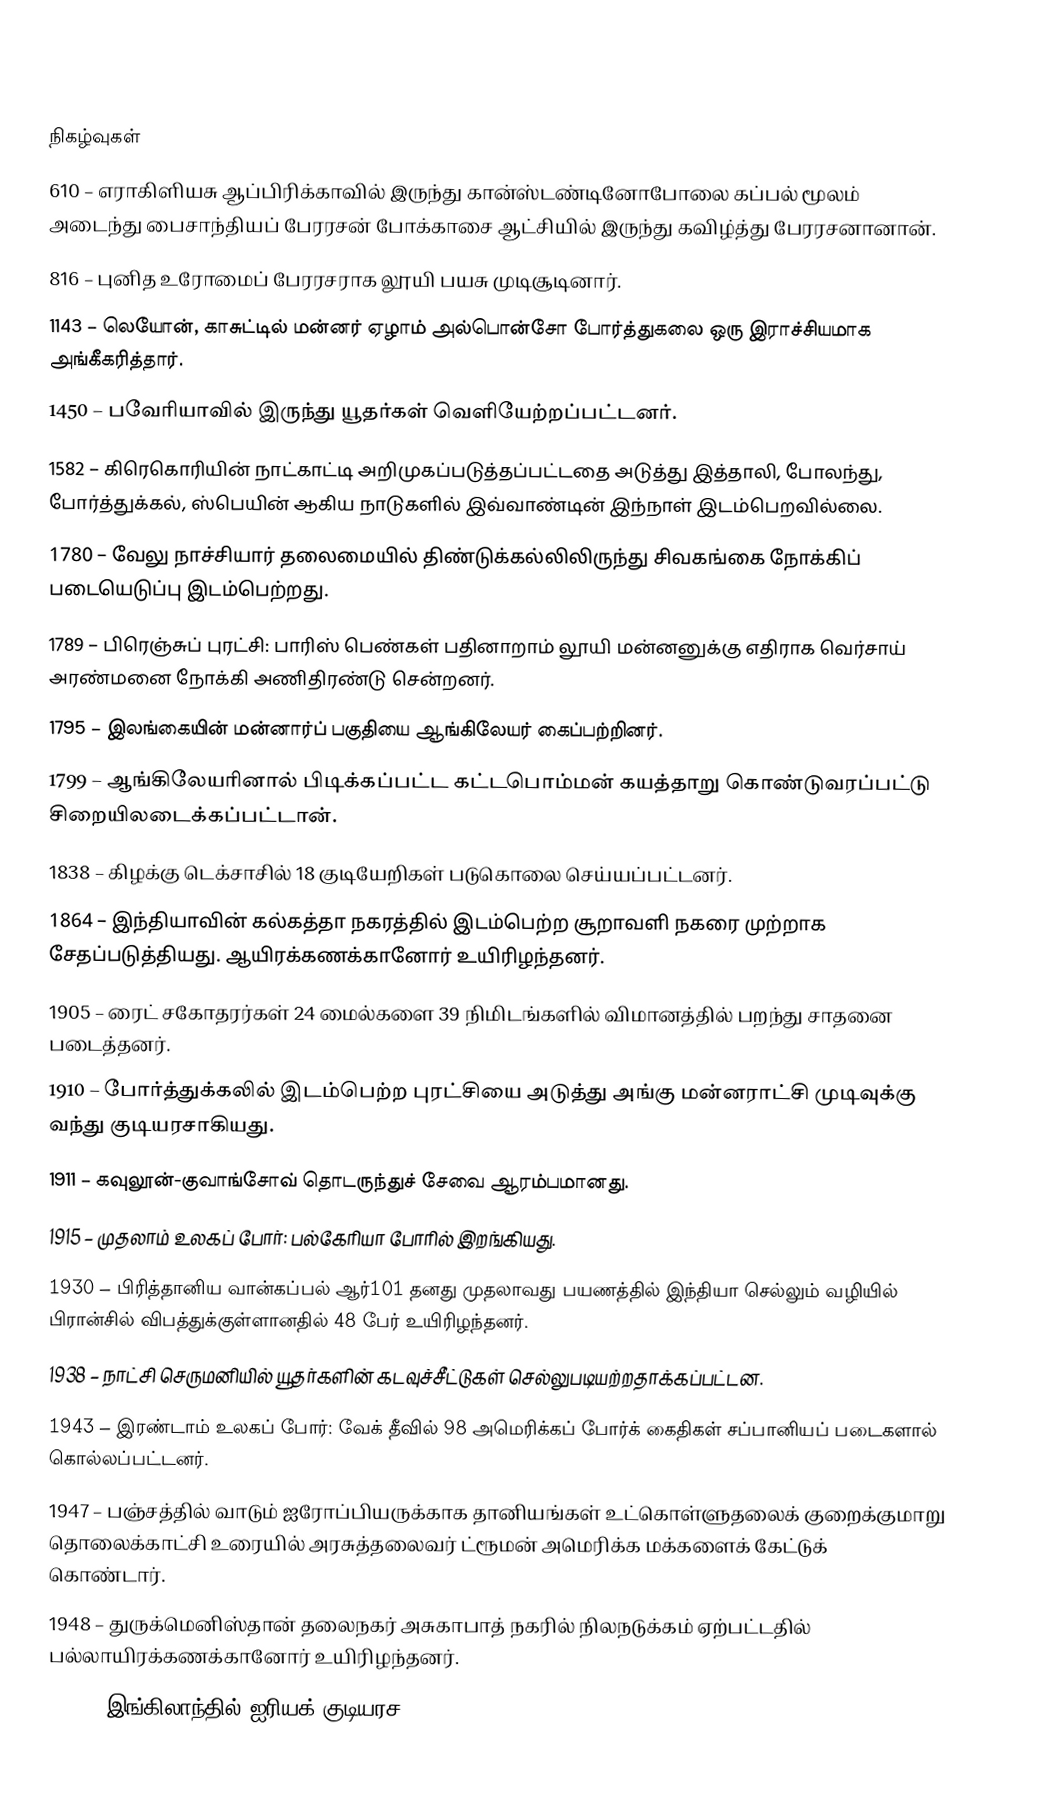

நிகழ்வுகள்
610 – எராகிளியசு ஆப்பிரிக்காவில் இருந்து கான்ஸ்டண்டினோபோலை கப்பல் மூலம் அடைந்து பைசாந்தியப் பேரரசன் போக்காசை ஆட்சியில் இருந்து கவிழ்த்து பேரரசனானான்.
816 – புனித உரோமைப் பேரரசராக லூயி பயசு முடிசூடினார்.
1143 – லெயோன், காசுட்டில் மன்னர் ஏழாம் அல்பொன்சோ போர்த்துகலை ஒரு இராச்சியமாக அங்கீகரித்தார்.
1450 – பவேரியாவில் இருந்து யூதர்கள் வெளியேற்றப்பட்டனர்.
1582 – கிரெகொரியின் நாட்காட்டி அறிமுகப்படுத்தப்பட்டதை அடுத்து இத்தாலி, போலந்து, போர்த்துக்கல், ஸ்பெயின் ஆகிய நாடுகளில் இவ்வாண்டின் இந்நாள் இடம்பெறவில்லை.
1780 – வேலு நாச்சியார் தலைமையில் திண்டுக்கல்லிலிருந்து சிவகங்கை நோக்கிப் படையெடுப்பு இடம்பெற்றது.
1789 – பிரெஞ்சுப் புரட்சி: பாரிஸ் பெண்கள் பதினாறாம் லூயி மன்னனுக்கு எதிராக வெர்சாய் அரண்மனை நோக்கி அணிதிரண்டு சென்றனர்.
1795 – இலங்கையின் மன்னார்ப் பகுதியை ஆங்கிலேயர் கைப்பற்றினர்.
1799 – ஆங்கிலேயரினால் பிடிக்கப்பட்ட கட்டபொம்மன் கயத்தாறு கொண்டுவரப்பட்டு சிறையிலடைக்கப்பட்டான்.
1838 – கிழக்கு டெக்சாசில் 18 குடியேறிகள் படுகொலை செய்யப்பட்டனர்.
1864 – இந்தியாவின் கல்கத்தா நகரத்தில் இடம்பெற்ற சூறாவளி நகரை முற்றாக சேதப்படுத்தியது. ஆயிரக்கணக்கானோர் உயிரிழந்தனர்.
1905 – ரைட் சகோதரர்கள் 24 மைல்களை 39 நிமிடங்களில் விமானத்தில் பறந்து சாதனை படைத்தனர்.
1910 – போர்த்துக்கலில் இடம்பெற்ற புரட்சியை அடுத்து அங்கு மன்னராட்சி முடிவுக்கு வந்து குடியரசாகியது.
1911 – கவுலூன்-குவாங்சோவ் தொடருந்துச் சேவை ஆரம்பமானது.
1915 – முதலாம் உலகப் போர்: பல்கேரியா போரில் இறங்கியது.
1930 – பிரித்தானிய வான்கப்பல் ஆர்101 தனது முதலாவது பயணத்தில் இந்தியா செல்லும் வழியில் பிரான்சில் விபத்துக்குள்ளானதில் 48 பேர் உயிரிழந்தனர்.
1938 – நாட்சி செருமனியில் யூதர்களின் கடவுச்சீட்டுகள் செல்லுபடியற்றதாக்கப்பட்டன.
1943 – இரண்டாம் உலகப் போர்: வேக் தீவில் 98 அமெரிக்கப் போர்க் கைதிகள் சப்பானியப் படைகளால் கொல்லப்பட்டனர்.
1947 – பஞ்சத்தில் வாடும் ஐரோப்பியருக்காக தானியங்கள் உட்கொள்ளுதலைக் குறைக்குமாறு தொலைக்காட்சி உரையில் அரசுத்தலைவர் ட்ரூமன் அமெரிக்க மக்களைக் கேட்டுக் கொண்டார்.
1948 – துருக்மெனிஸ்தான் தலைநகர் அசுகாபாத் நகரில் நிலநடுக்கம் ஏற்பட்டதில் பல்லாயிரக்கணக்கானோர் உயிரிழந்தனர்.
1974 – இங்கிலாந்தில் ஐரியக் குடியரச